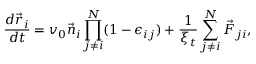
\frac { d \vec { r } _ { i } } { d t } = v _ { 0 } \vec { n } _ { i } \prod _ { j \neq i } ^ { N } ( 1 - \epsilon _ { i j } ) + \frac { 1 } { \xi _ { t } } \sum _ { j \neq i } ^ { N } \vec { F } _ { j i } ,